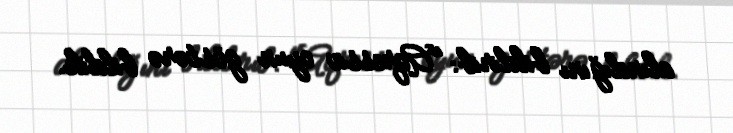
alındığını bildirib: "Aqressiv oyun göstərə bildik.